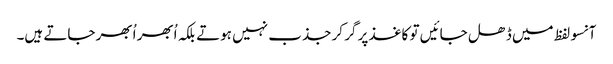
آنسو لفظ میں ڈھل جائیں تو کاغذ پر گر کر جذب نہیں ہوتے بلکہ اُبھر اُبھر جاتے ہیں۔